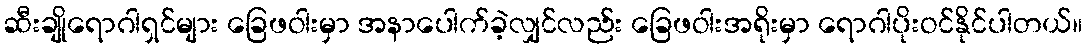
ဆီးချိုရောဂါရှင်များ ခြေဖဝါးမှာ အနာပေါက်ခဲ့လျှင်လည်း ခြေဖဝါးအရိုးမှာ ရောဂါပိုးဝင်နိုင်ပါတယ်။